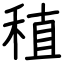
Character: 稙